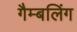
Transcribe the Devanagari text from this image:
गैम्बलिंग